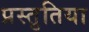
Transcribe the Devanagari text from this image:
प्रस्तुतिया